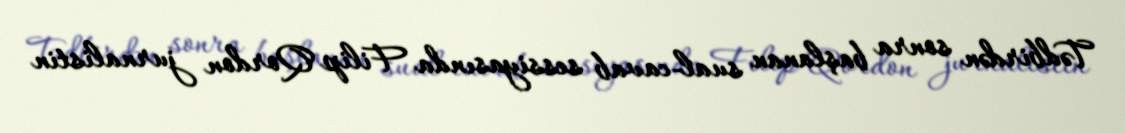
Tədbirdən sonra başlanan sual-cavab sessiyasında Filip Qordon jurnalistin